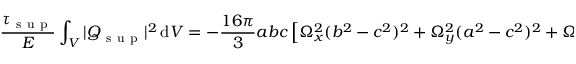
\frac { \tau _ { \mathrm { ~ s ~ u ~ p ~ } } } { E } \int _ { V } | \boldsymbol { Q } _ { \mathrm { ~ s ~ u ~ p ~ } } | ^ { 2 } \, \mathrm { d } V = - \frac { 1 6 \pi } { 3 } a b c \left[ \Omega _ { x } ^ { 2 } ( b ^ { 2 } - c ^ { 2 } ) ^ { 2 } + \Omega _ { y } ^ { 2 } ( a ^ { 2 } - c ^ { 2 } ) ^ { 2 } + \Omega _ { z } ^ { 2 } ( a ^ { 2 } - b ^ { 2 } ) ^ { 2 } \right] ,